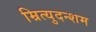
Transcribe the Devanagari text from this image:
म्रित्युदन्शम